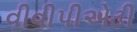
વીવીપીએટી